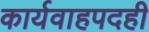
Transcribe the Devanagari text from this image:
कार्यवाहपदही